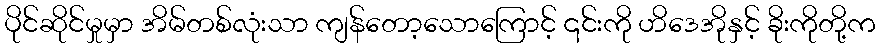
ပိုင်ဆိုင်မှုမှာ အိမ်တစ်လုံးသာ ကျန်တော့သောကြောင့် ၎င်းကို ဟိဒေအိုနှင့် ခိုးကိုတို့က